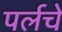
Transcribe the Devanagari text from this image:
पर्लचे